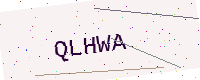
Text: QLHWA